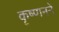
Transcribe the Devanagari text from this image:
कृष्णनने